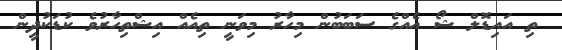
ތި އައިޑޮލް ޝޯ އެއްގެ ސަބަބުން މިހާރު މިވަނީ ތިއެއް އިޝްތިހާރުވެ ކުޑަކުދީން